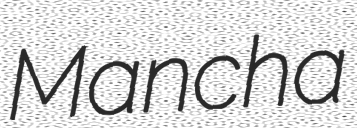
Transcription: Mancha